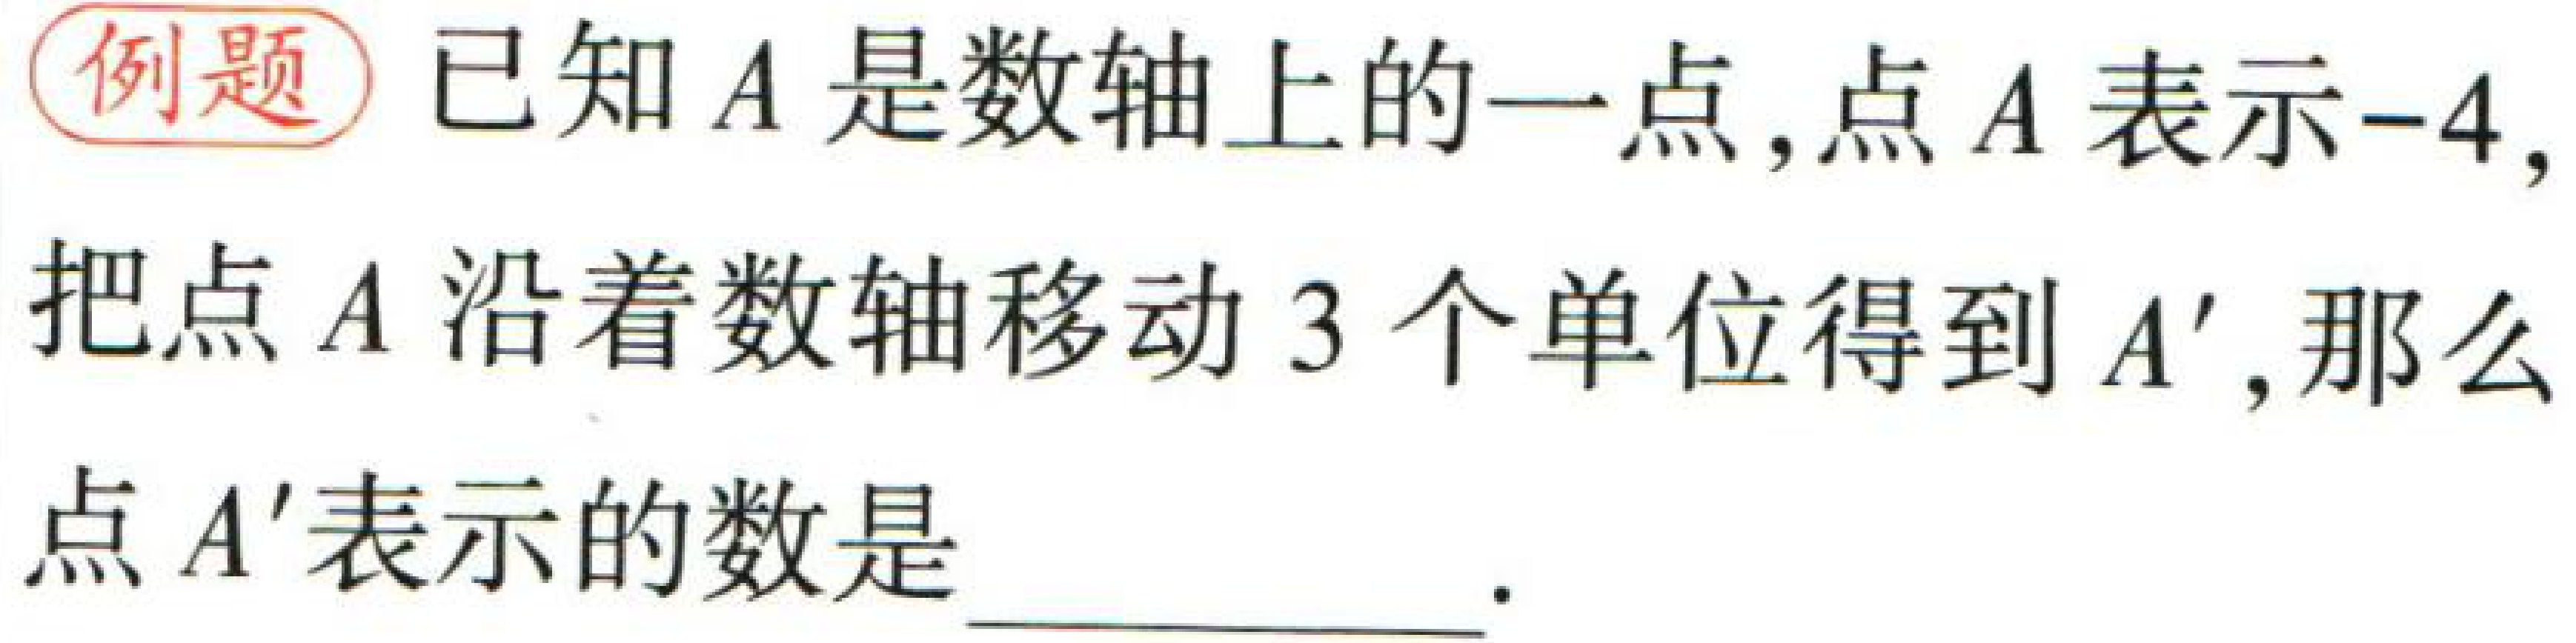
例题 已知\(A\)是数轴上的一点,点\(A\)表示\(-4\),把点\(A\)沿着数轴移动\(3\)个单位得到\(A'\),那么点\(A'\)表示的数是 \_\_\_ 。